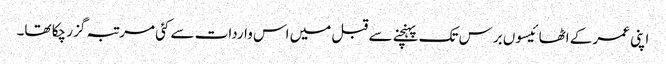
اپنی عمر کے اٹھائیسوں برس تک پہنچنے سے قبل میں اس واردات سے کئی مرتبہ گزر چکا تھا۔